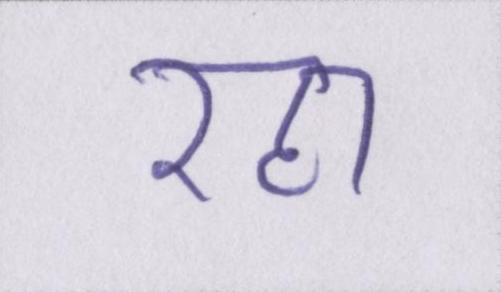
रहा